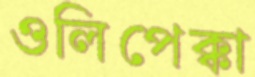
ওলিপেক্কা